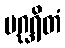
ပဂ္ဃရိတံ